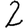
Digit: 2